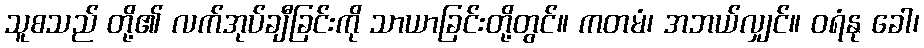
သူစသည် တို့၏ လက်အုပ်ချီခြင်းကို သာယာခြင်းတို့တွင်။ ကတမံ၊ အဘယ်လျှင်။ ဝရံနု ခေါ၊